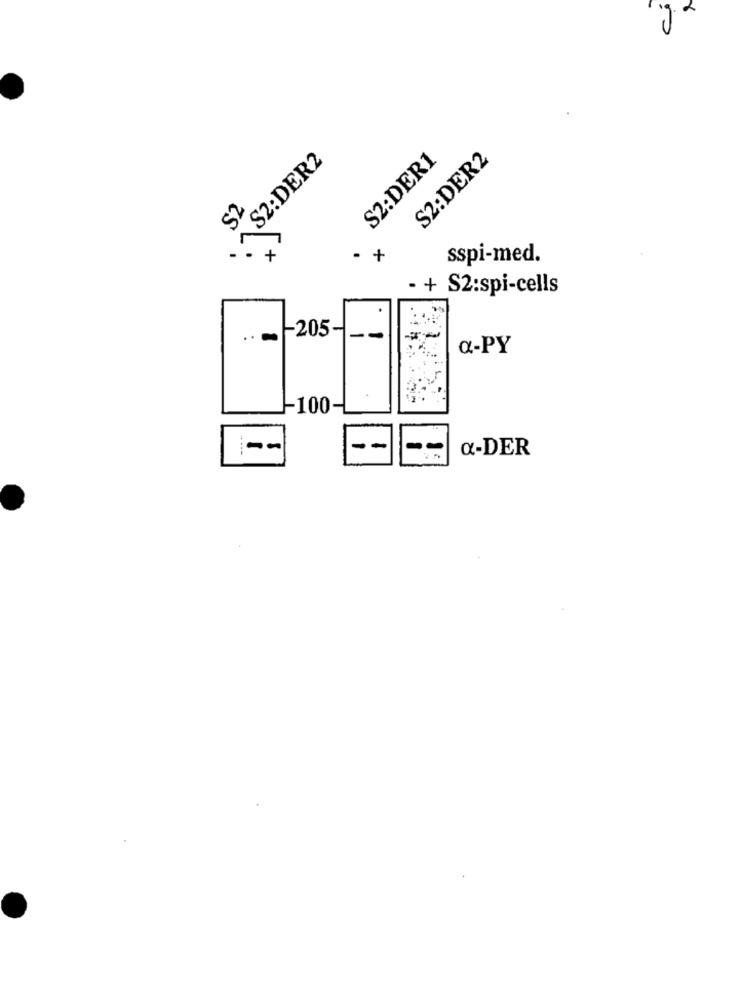
c
. S2:DER2
S2:DER1
S2:DER2
×
. +
sspi-med.
· + S2:spi-cells
-205
--
a-PY
-100-
--
--
--
a-DER